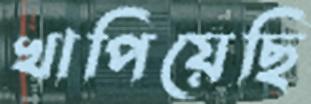
খাপিয়েছি